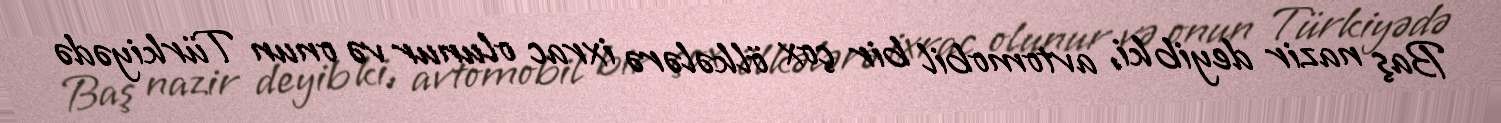
Baş nazir deyib ki, avtomobil bir çox ölkələrə ixrac olunur və onun Türkiyədə